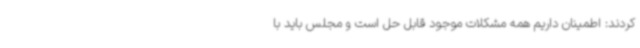
کردند: اطمینان داریم همه مشکلات موجود قابل حل است و مجلس باید با